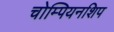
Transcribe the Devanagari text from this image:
चोम्पियनशिप